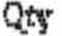
QTY